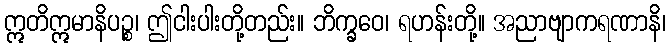
ဣတိဣမာနိပဉ္စ၊ ဤငါးပါးတို့တည်း။ ဘိက္ခဝေ၊ ရဟန်းတို့။ အညာဗျာကရဏာနိ၊